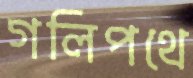
গলিপথে